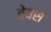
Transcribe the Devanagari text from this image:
वेयस